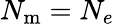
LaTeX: N_{\mathrm{m}}=N_{e}